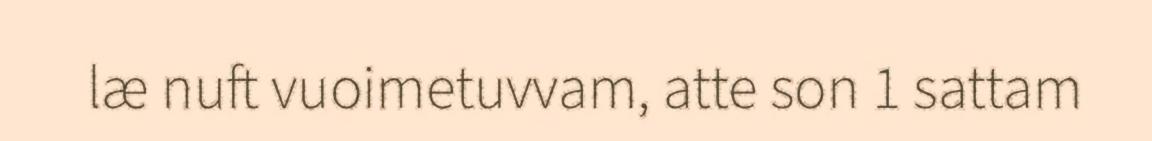
læ nuft vuoimetuvvam, atte son 1 sattam